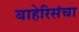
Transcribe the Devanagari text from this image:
बाहेरिसंचा